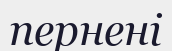
пернені